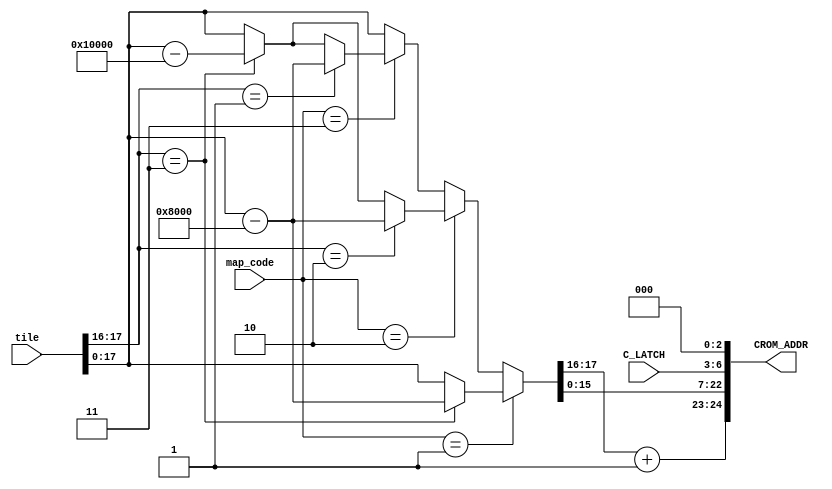
//============================================================================
//  SNK NeoGeo for MiSTer
//
//  Copyright (C) 2018 Sean 'Furrtek' Gonsalves
//
//  This program is free software; you can redistribute it and/or modify it
//  under the terms of the GNU General Public License as published by the Free
//  Software Foundation; either version 2 of the License, or (at your option)
//  any later version.
//
//  This program is distributed in the hope that it will be useful, but WITHOUT
//  ANY WARRANTY; without even the implied warranty of MERCHANTABILITY or
//  FITNESS FOR A PARTICULAR PURPOSE.  See the GNU General Public License for
//  more details.
//
//  You should have received a copy of the GNU General Public License along
//  with this program; if not, write to the Free Software Foundation, Inc.,
//  51 Franklin Street, Fifth Floor, Boston, MA 02110-1301 USA.
//============================================================================

// Sprite graphics gap removal hack

module gap_hack(
	input [19:0] tile,
	input [3:0] C_LATCH,
	input [1:0] map_code,
	output [24:0] CROM_ADDR
);

	// kof95:
	// 1400000-17fffff empty
	// So tiles 28000-2FFFF are normally empty
	// Requested range	Mapped range
	// 00000-27FFF			00000-27FFF (-0)
	// 28000-2FFFF			Empty
	// 30000-33FFF			28000-2BFFF (-8000)
	wire [19:0] tile_kof95 = (tile[17:16] == 2'd3) ? tile - 20'h08000 : tile;

	// whp:
	// 0c00000-0ffffff empty
	// So tiles 18000-1FFFF are normally empty
	// 1400000-17fffff empty
	// So tiles 28000-2FFFF are normally empty
	// Requested range	Mapped range
	// 00000-17FFF			00000-17FFF (-0)
	// 18000-1FFFF			Empty
	// 20000-27FFF			18000-1FFFF (-8000)
	// 28000-2FFFF			Empty
	// 30000-37FFF			20000-27FFF (-8000-8000)
	wire [19:0] tile_whp = (tile[17:16] == 2'd2) ? tile - 20'h08000 :
									(tile[17:16] == 2'd3) ? tile - 20'h10000 :
									tile;

	// kizuna:
	// 0400000-07fffff empty
	// So tiles 08000-0FFFF are normally empty
	// 1400000-17fffff empty
	// So tiles 28000-2FFFF are normally empty
	// Requested range	Mapped range
	// 00000-07FFF			00000-07FFF (-0)
	// 08000-0FFFF			Empty
	// 10000-27FFF			08000-1FFFF (-8000)
	// 28000-2FFFF			Empty
	// 30000-37FFF			20000-27FFF (-8000-8000)
	wire [19:0] tile_kizuna = (tile[17:16] == 2'd1) ? tile - 20'h08000 :
										(tile[17:16] == 2'd3) ? tile - 20'h10000 :
										tile;
	
	wire [19:0] tile_remapped = (map_code == 2'd1) ? tile_kof95 :
											(map_code == 2'd2) ? tile_whp :
											(map_code == 2'd3) ? tile_kizuna :
											tile;
											
	assign CROM_ADDR = {tile_remapped[17:16] + 1'd1, tile_remapped[15:0], C_LATCH[3:0], 3'b000};
	//wire [24:0] CROM_ADDR = {C_LATCH_EXT[1:0] + 1'd1, C_LATCH, 3'b000};
	
endmodule